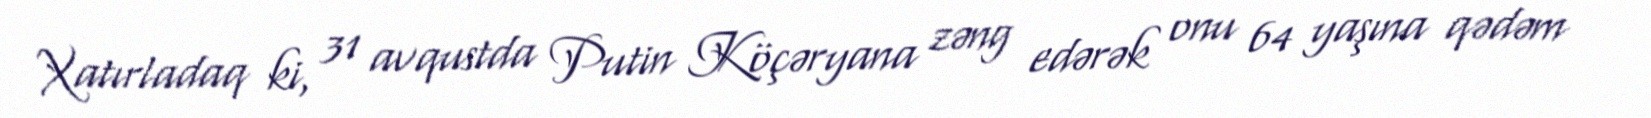
Xatırladaq ki, 31 avqustda Putin Köçəryana zəng edərək onu 64 yaşına qədəm